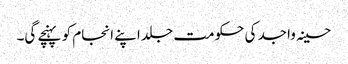
حسینہ واجد کی حکومت جلد اپنے انجام کو پہنچے گی۔